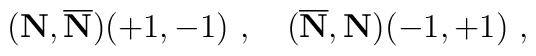
({\bf N},{\overline{\bf N}})(+1,-1)~,~~~ ({\overline {\bf N}},{{\bf N}})(-1,+1)~,